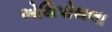
એથિપોથલા